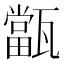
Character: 㽆